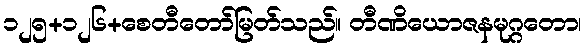
၁၂၅+၁၂၆+စေတီတော်မြတ်သည်။ တီဏိယောဇနမုဂ္ဂတော၊